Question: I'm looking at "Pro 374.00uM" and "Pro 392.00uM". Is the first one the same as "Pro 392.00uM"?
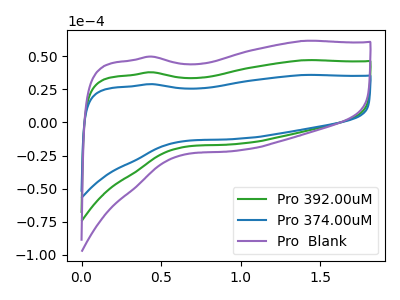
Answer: <think>The green curve "Pro 392.00uM" has no peaks. The blue curve "Pro 374.00uM" has no peaks. The purple curve "Pro  Blank" has no peaks.
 Neither "Pro 374.00uM" or "Pro 392.00uM" have any peaks.</think>
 <answer>"Pro 374.00uM" and "Pro 392.00uM" are similar in shape.</answer>
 <eval>same_shape</eval>